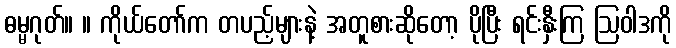
ဓမ္မဂုတ်။ ။ ကိုယ်တော်က တပည့်များနဲ့ အတူစားဆိုတော့ ပိုပြီး ရင်းနှီးကြ ဩဝါဒကို